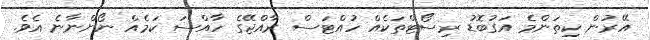
އޭރުން ކިތަންމެ އަގުބޮޑު ރިސޯޓްތަކެއް ހުއްޓަސް ރާއްޖޭގެ ހާއްސަ ކަމެއް ނޯންނާނެ އެވެ.